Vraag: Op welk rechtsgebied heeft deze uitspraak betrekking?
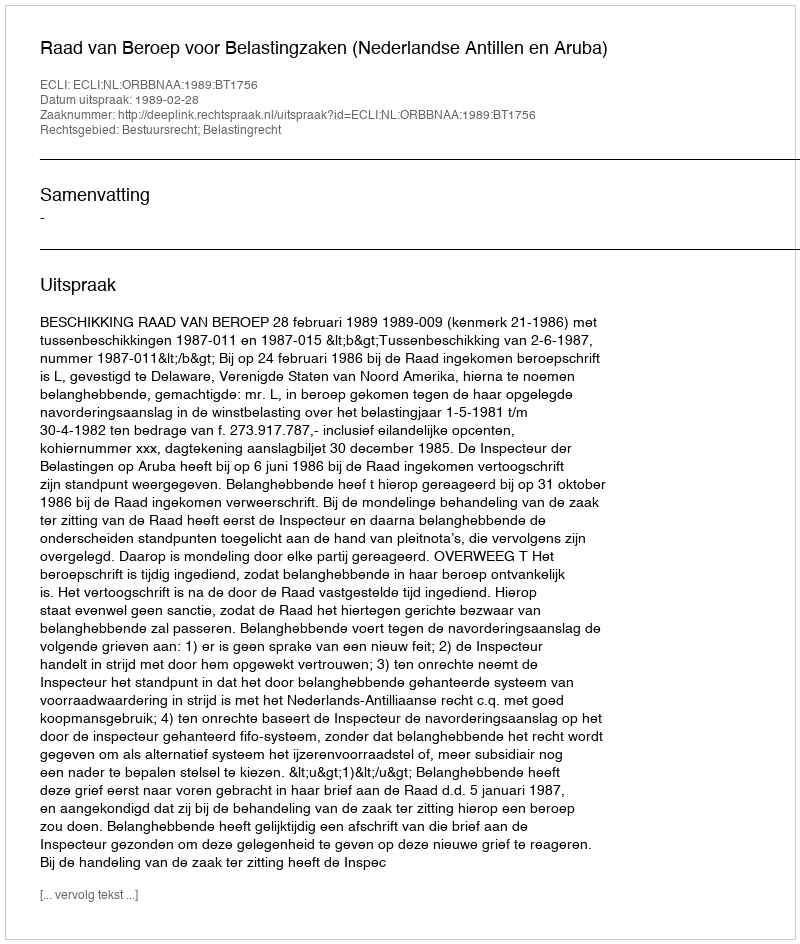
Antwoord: Bestuursrecht; Belastingrecht